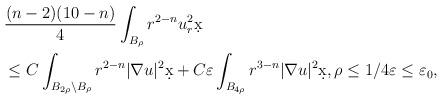
LaTeX: \begin{align*}&\frac{(n-2)(10-n)}{4} \int_{B_{\rho}} r^{2-n} u_r^2 \d x \\& \leq C \int_{B_{2\rho} \setminus B_{\rho}} r^{2-n} |\nabla u|^2 \d x + C \varepsilon \int_{B_{4\rho}} r^{3-n} |\nabla u|^2 \d x, \rho \leq 1/4 \varepsilon \leq \varepsilon_0,\end{align*}